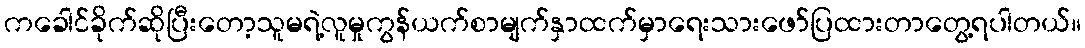
ကခေါင်ခိုက်ဆိုပြီးတော့သူမရဲ့လူမှုကွန်ယက်စာမျက်နှာထက်မှာရေးသားဖော်ပြထားတာတွေ့ရပါတယ်။